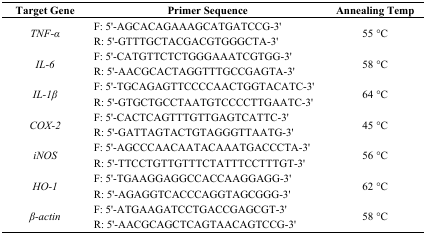
<table><thead><tr><td><b>Target Gene</b></td><td><b>Primer Sequence</b></td><td><b>Annealing Temp</b></td></tr></thead><tbody><tr><td><i>TNF-α</i></td><td>F: 5′-AGCACAGAAAGCATGATCCG-3′R: 5′-GTTTGCTACGACGTGGGCTA-3′</td><td>55 °C</td></tr><tr><td><i>IL-6</i></td><td>F: 5′-CATGTTCTCTGGGAAATCGTGG-3′R: 5′-AACGCACTAGGTTTGCCGAGTA-3′</td><td>58 °C</td></tr><tr><td><i>IL-1β</i></td><td>F: 5′-TGCAGAGTTCCCCAACTGGTACATC-3′R: 5′-GTGCTGCCTAATGTCCCCTTGAATC-3′</td><td>64 °C</td></tr><tr><td><i>COX-2</i></td><td>F: 5′-CACTCAGTTTGTTGAGTCATTC-3′R: 5′-GATTAGTACTGTAGGGTTAATG-3′</td><td>45 °C</td></tr><tr><td><i>iNOS</i></td><td>F: 5′-AGCCCAACAATACAAATGACCCTA-3′R: 5′-TTCCTGTTGTTTCTATTTCCTTTGT-3′</td><td>56 °C</td></tr><tr><td><i>HO-1</i></td><td>F: 5′-TGAAGGAGGCCACCAAGGAGG-3′R: 5′-AGAGGTCACCCAGGTAGCGGG-3′</td><td>62 °C</td></tr><tr><td><i>β-actin</i></td><td>F: 5′-ATGAAGATCCTGACCGAGCGT-3′R: 5′-AACGCAGCTCAGTAACAGTCCG-3′</td><td>58 °C</td></tr></tbody></table>